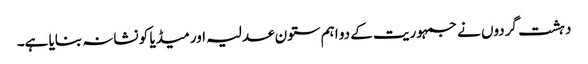
دہشت گردوں نے جمہوریت کے دو اہم ستون عدلیہ اور میڈیا کو نشانہ بنایا ہے۔